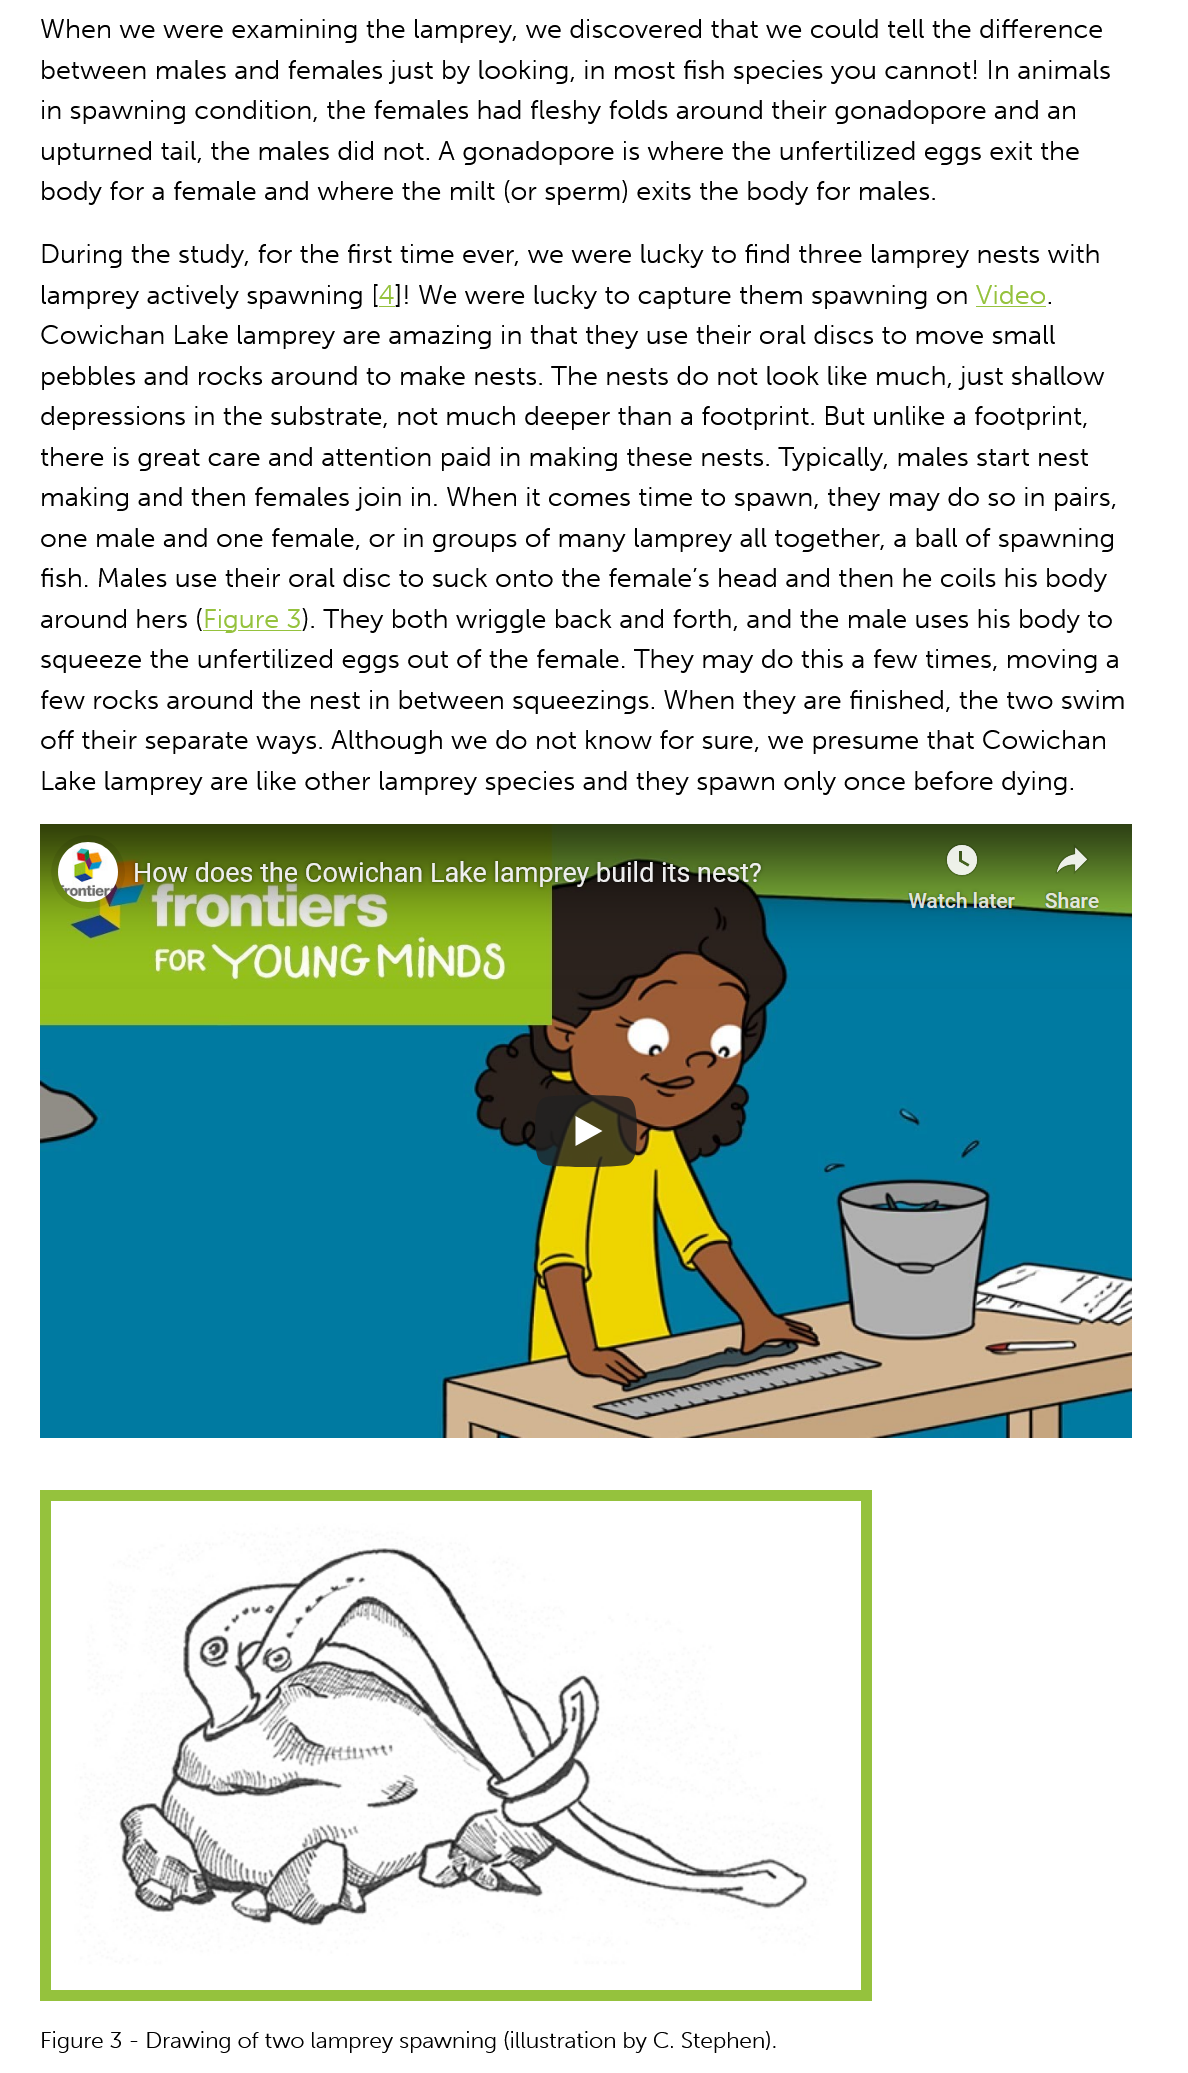
When  we were examining the lamprey, we discovered that we could tell the difference
    between males and females just by looking, in most fish species you cannot! In animals
    in spawning condition, the females had fleshy folds around their gonadopore and an
    upturned tail, the males did not. A gonadopore is where the unfertilized eggs exit the
    body for a female and where the milt (or sperm) exits the body for males.
    During the study, for the first time ever, we were lucky to find three lamprey nests with
    lamprey actively spawning [4]! We were lucky to capture them spawning on Video.
   Cowichan  Lake lamprey are amazing in that they use their oral discs to move small
    pebbles and rocks around to make nests. The nests do not look like much, just shallow
   depressions in the substrate, not much deeper than a footprint. But unlike a footprint,
   there is great care and attention paid in making these nests. Typically, males start nest
    making and then females join in. When it comes time to spawn, they may do so in pairs,
   one male and one female, or in groups of many lamprey all together, a ball of spawning
   fish. Males use their oral disc to suck onto the female's head and then he coils his body
   around hers (Figure 3). They both wriggle back and forth, and the male uses his body to
   squeeze the unfertilized eggs out of the female. They may do this a few times, moving a
   few rocks around the nest in between squeezings. When they are finished, the two swim
   off their separate ways. Although we do not know for sure, we presume that Cowichan

    Lake lamprey are like other lamprey species and they spawn only once before dying.
     How  does the Cowichan Lake lamprey build its nest?
     CY    lad
     +Trontrarc    rrr
     N10   Si

    Figure 3
     -
     Drawing of two lamprey spawning (illustration by C. Stephen).